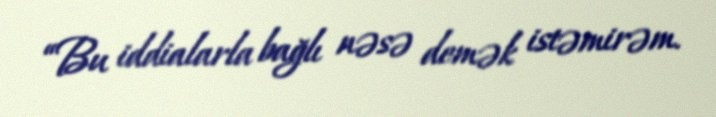
“Bu iddialarla bağlı nəsə demək istəmirəm.